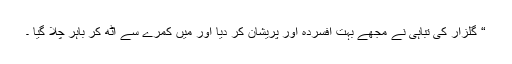
“ گلزار کی تباہی نے مجھے بہت افسردہ اور پریشان کر دیا اور میں کمرے سے اٹھ کر باہر چلا گیا ۔